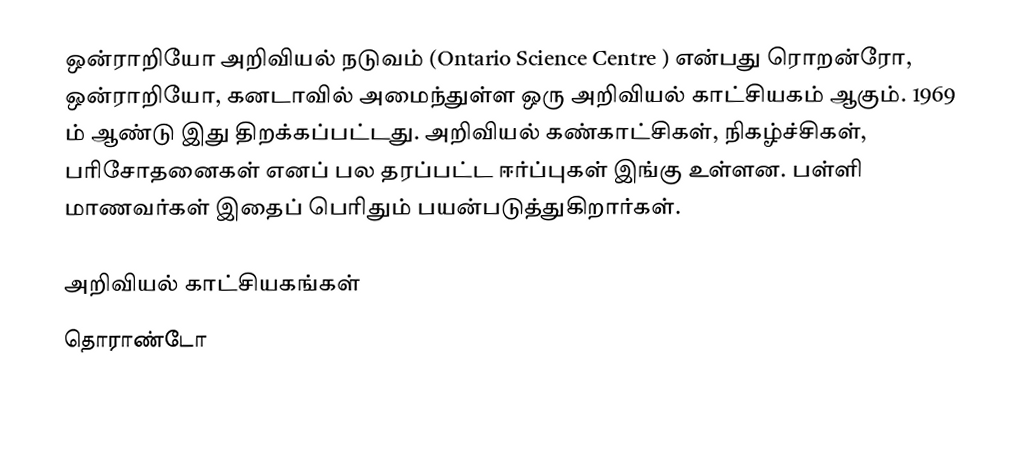
ஒன்ராறியோ அறிவியல் நடுவம் (Ontario Science Centre ) என்பது ரொறன்ரோ, ஒன்ராறியோ, கனடாவில் அமைந்துள்ள ஒரு அறிவியல் காட்சியகம் ஆகும்.  1969 ம் ஆண்டு இது திறக்கப்பட்டது.  அறிவியல் கண்காட்சிகள், நிகழ்ச்சிகள், பரிசோதனைகள் எனப் பல தரப்பட்ட ஈர்ப்புகள் இங்கு உள்ளன.  பள்ளி மாணவர்கள் இதைப் பெரிதும் பயன்படுத்துகிறார்கள்.

அறிவியல் காட்சியகங்கள்
தொராண்டோ